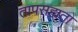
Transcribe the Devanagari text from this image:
तापसह्यता